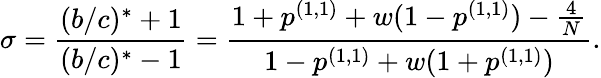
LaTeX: \sigma=\frac{(b/c)^{*}+1}{(b/c)^{*}-1}=\frac{1+p^{(1,1)}+w(1-p^{(1,1)})-\frac{4}{N}}{1-p^{(1,1)}+w(1+p^{(1,1)})}.